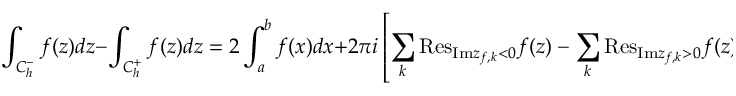
\int _ { C _ { h } ^ { - } } { f ( z ) d z } - \int _ { C _ { h } ^ { + } } { f ( z ) d z } = 2 \int _ { a } ^ { b } { f ( x ) d x } + 2 \pi i \left[ \sum _ { k } { \mathrm { R e s } } _ { { \mathrm { I m } } z _ { f , k } < 0 } f ( z ) - \sum _ { k } { \mathrm { R e s } } _ { { \mathrm { I m } } z _ { f , k } > 0 } f ( z ) \right] .